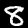
Digit: 8